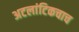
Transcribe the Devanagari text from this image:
अटलांटिकचाच